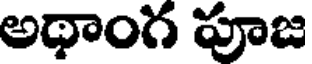
అథాంగ పూజ